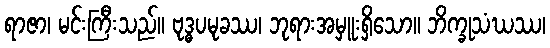
ရာဇာ၊ မင်းကြီးသည်။ ဗုဒ္ဓပမုခဿ၊ ဘုရားအမှူးရှိသော။ ဘိက္ခုသံဃဿ၊